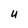
Character: U